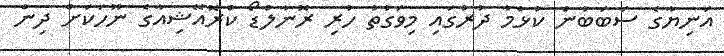
އަނިޔާގެ ސަބަބުން ކުޅުމާ ދުރުގައި މިވަގުތު ހުރި ރޮނާލްޑޯ ކްރޮއޭޝިއާގެ ނޫހަކަށް ދިން